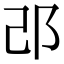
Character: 邔